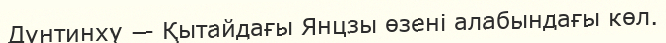
Дунтинху — Қытайдағы Янцзы өзені алабындағы көл.